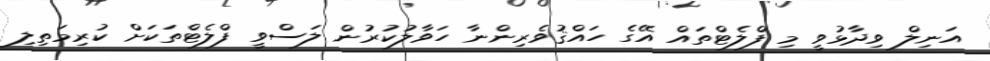
އަނިލް ވިދާޅުވީ މި ފްލެޓްތައް އޭގެ ހައްޤުވެރިންނާ ހަވާލުކުރުން ލަސްވީ ފްލެޓްތަކަށް ކުރިމަތިލި